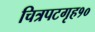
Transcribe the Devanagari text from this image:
चित्रपटगृह१०